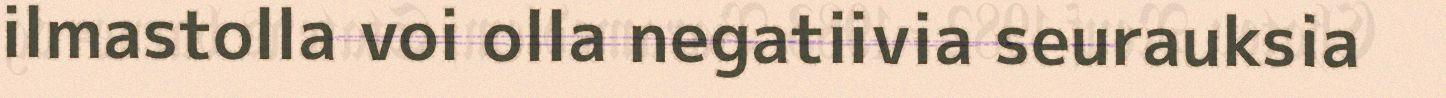
ilmastolla voi olla negatiivia seurauksia